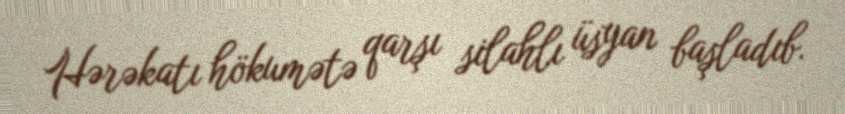
Hərəkatı hökumətə qarşı silahlı üsyan başladıb.